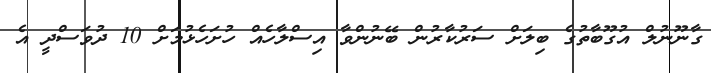
ގާނޫނުލް އުގޫބާތުގެ ބިލަށް ސަރުކާރުން ބޭނުންވާ އިސްލާހެއް ހުށަހެޅުމަށް 10 ދުވަސްދީ އެ